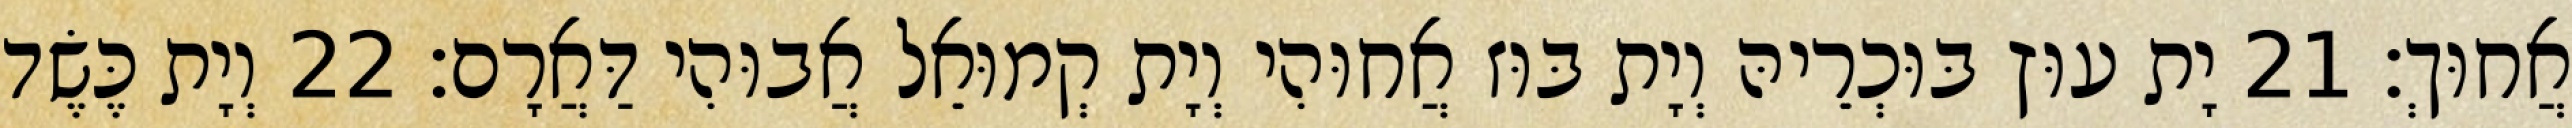
אֲחוּךְ׃ 21 יָת עוּץ בּוּכְרֵיהּ וְיָת בּוּז אֲחוּהִי וְיָת קְמוּאֵל אֲבוּהִי דַּאֲרָם׃ 22 וְיָת כֶּשֶׂד